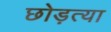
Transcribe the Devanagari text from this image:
छोड़त्या